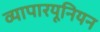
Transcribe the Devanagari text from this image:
व्यापारयूनियन